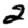
Digit: 2